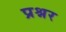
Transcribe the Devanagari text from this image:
प्रश्नर